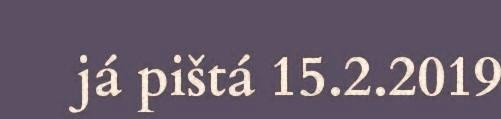
já pištá 15.2.2019